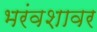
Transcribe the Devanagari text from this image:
भरंवशावर